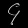
Digit: ၄